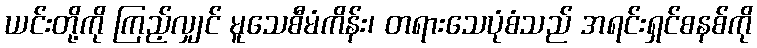
ယင်းတို့ကို ကြည့်လျှင် မူသေစီမံကိန်း၊ တရားသေပုံစံသည် အရင်းရှင်စနစ်ကို